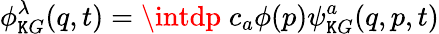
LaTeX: \phi_{\mathtt{K}G}^{\lambda}(q,t)=\intdp\; c_{a}\phi(p)\psi_{\mathtt{K}G}^{a}(q,p,t)